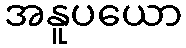
အနူပယော